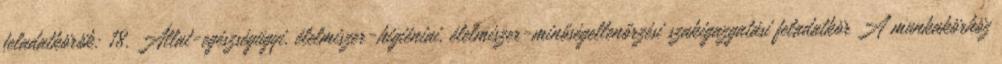
feladatkörök: 18. Állat-egészségügyi, élelmiszer-higiéniai, élelmiszer-minőségellenőrzési szakigazgatási feladatkör A munkakörhöz